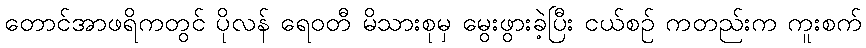
တောင်အာဖရိကတွင် ပိုလန် ရေဝတီ မိသားစုမှ မွေးဖွားခဲ့ပြီး ငယ်စဉ် ကတည်းက ကူးစက်